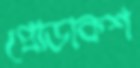
প্রোডাকশ